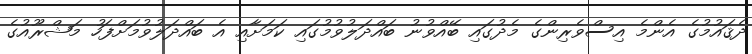
ދެޤައުމުގެ އެންމެ އިސްވެރިންގެ މެދުގައި ބޭއްވުނު ބައްދަލުވުމުގައި ކަމަށާއި އެ ބައްދަލުވުމަށްފަހު މަޝްރޫއުގެ